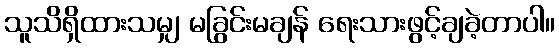
သူသိရှိထားသမျှ မခြွင်းမချန် ရေးသားဖွင့်ချခဲ့တာပါ။